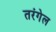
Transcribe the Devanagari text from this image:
तरंगेल